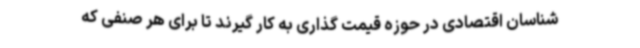
شناسان اقتصادی در حوزه قیمت گذاری به کار گیرند تا برای هر صنفی که